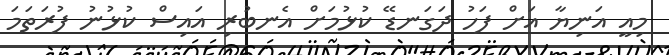
މިއީ އަނިޔާ އަށް ފަހު ދަގަނޑޭ ކުޅުމަށް އެނބުރި އައިސް ކުޅުނު ފުރަތަމަ